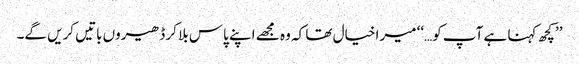
’’کچھ کہنا ہے آپ کو…‘‘ میرا خیال تھا کہ وہ مجھے اپنے پاس بلا کر ڈھیروں باتیں کریں گے۔